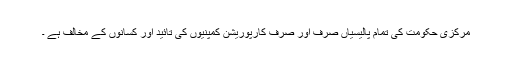
مرکزی حکومت کی تمام پالیسیاں صرف اور صرف کارپوریشن کمپنیوں کی تائید اور کسانوں کے مخالف ہے ۔